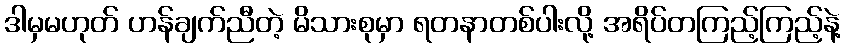
ဒါမှမဟုတ် ဟန်ချက်ညီတဲ့ မိသားစုမှာ ရတနာတစ်ပါးလို့ အရိပ်တကြည့်ကြည့်နဲ့